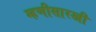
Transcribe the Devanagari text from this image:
म्हणीसारखी